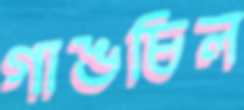
গাঙচিল